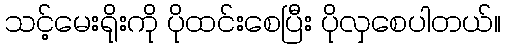
သင့်မေးရိုးကို ပိုထင်းစေပြီး ပိုလှစေပါတယ်။